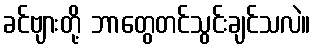
ခင်ဗျားတို့ ဘာတွေတင်သွင်းချင်သလဲ။